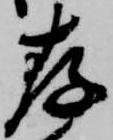
存